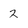
Character: 2